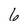
Character: 6